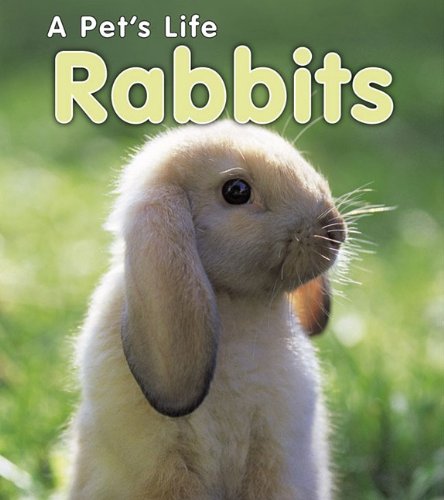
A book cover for Rabbits (A Pet's Life); Anita Ganeri; Crafts, Hobbies & Home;